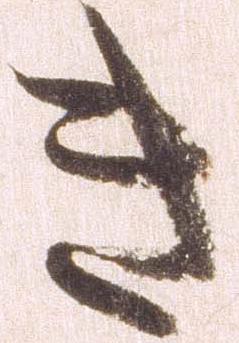
き